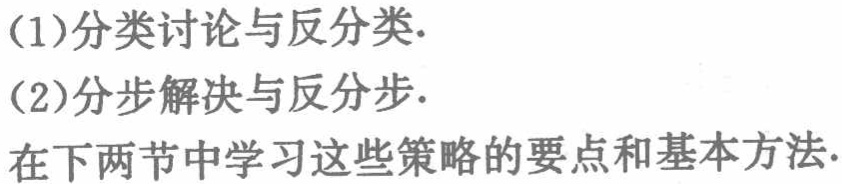
(1)分类讨论与反分类.
(2)分步解决与反分步.
在下两节中学习这些策略的要点和基本方法.